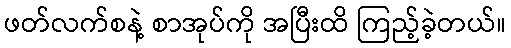
ဖတ်လက်စနဲ့ စာအုပ်ကို အပြီးထိ ကြည့်ခဲ့တယ်။